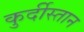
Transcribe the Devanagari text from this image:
कुर्दीस्तान